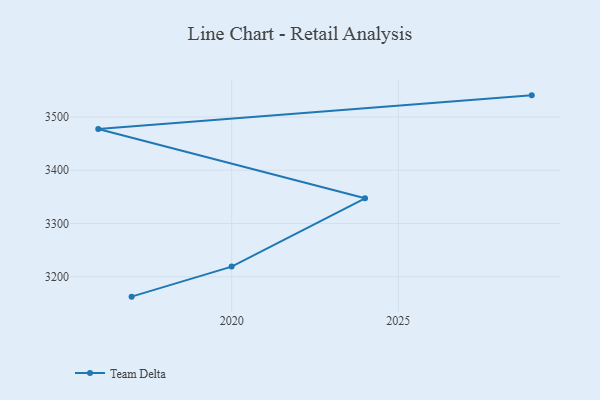
{"axis": {"x": "Year", "y": "Market Share (%)"}, "legend": ["Team Delta"], "data": [{"x": "2029", "y": 3540.6, "type": "Team Delta"}, {"x": "2016", "y": 3477.4, "type": "Team Delta"}, {"x": "2024", "y": 3347.2, "type": "Team Delta"}, {"x": "2020", "y": 3219.0, "type": "Team Delta"}, {"x": "2017", "y": 3162.6, "type": "Team Delta"}]}